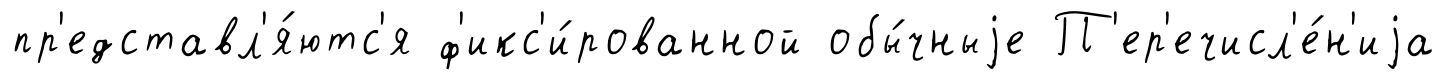
пр'едставл'я́ютс'я ф'икс'и́рованной обы́чныjе П'ер'ечисл'е́н'иjа